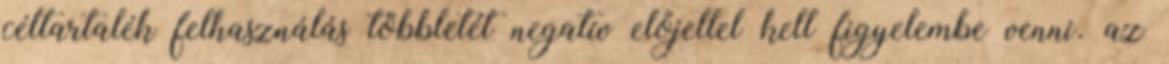
céltartalék felhasználás többletét negatív előjellel kell figyelembe venni. az